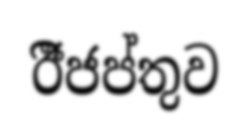
ඊිජප්තුව